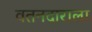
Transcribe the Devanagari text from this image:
वतनदाराला